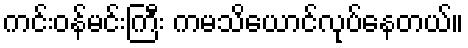
ကင်းဝန်မင်းကြီး ကမသိယောင်လုပ်နေတယ်။